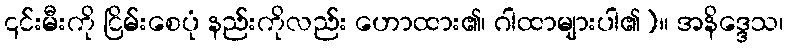
၎င်းမီးကို ငြိမ်းစေပုံ နည်းကိုလည်း ဟောထား၏၊ ဂါထာများပါ၏)။ အနိဒ္ဒေသ၊